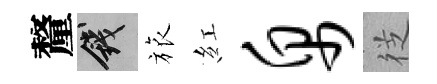
釐錢旅紅帛徔